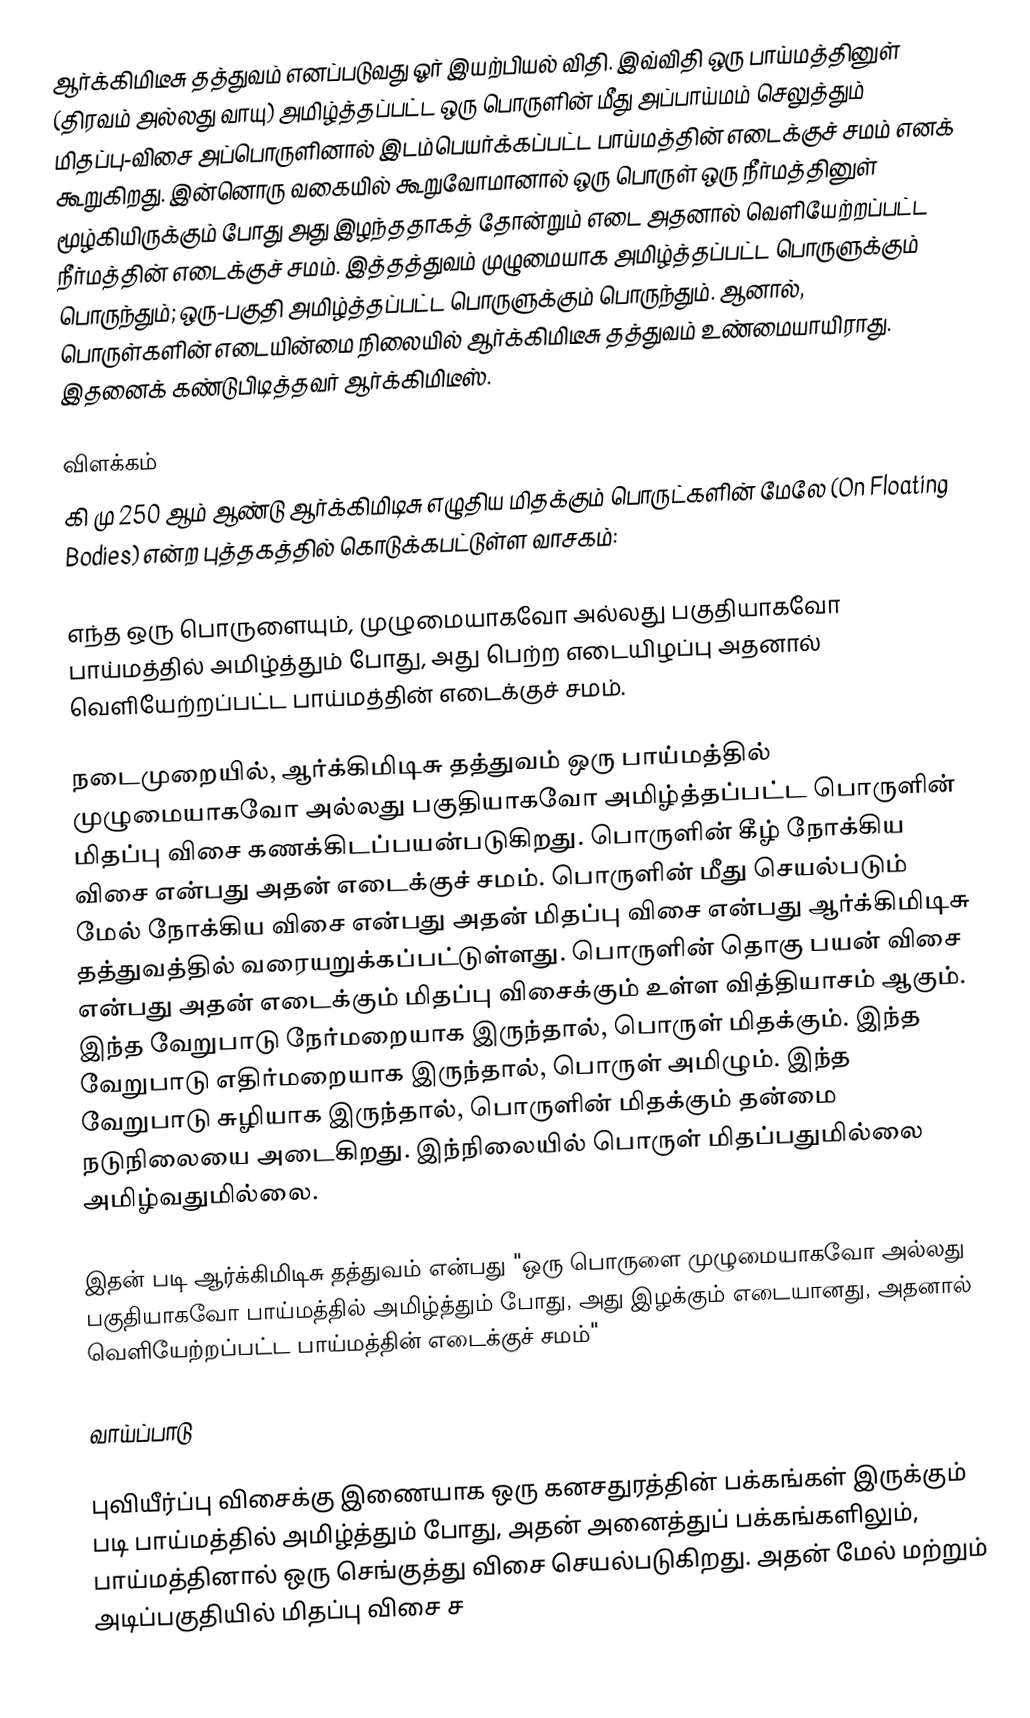
ஆர்க்கிமிடீசு தத்துவம் எனப்படுவது ஓர் இயற்பியல் விதி. இவ்விதி ஒரு பாய்மத்தினுள் (திரவம் அல்லது வாயு) அமிழ்த்தப்பட்ட ஒரு பொருளின் மீது அப்பாய்மம் செலுத்தும் மிதப்பு-விசை அப்பொருளினால் இடம்பெயர்க்கப்பட்ட பாய்மத்தின் எடைக்குச் சமம் எனக் கூறுகிறது. இன்னொரு வகையில்  கூறுவோமானால் ஒரு பொருள் ஒரு நீர்மத்தினுள் மூழ்கியிருக்கும் போது அது இழந்ததாகத் தோன்றும் எடை அதனால் வெளியேற்றப்பட்ட  நீர்மத்தின் எடைக்குச் சமம்.  இத்தத்துவம் முழுமையாக அமிழ்த்தப்பட்ட பொருளுக்கும் பொருந்தும்; ஒரு-பகுதி அமிழ்த்தப்பட்ட பொருளுக்கும் பொருந்தும். ஆனால், பொருள்களின் எடையின்மை நிலையில் ஆர்க்கிமிடீசு தத்துவம் உண்மையாயிராது. இதனைக் கண்டுபிடித்தவர் ஆர்க்கிமிடீஸ்.

விளக்கம்
கி மு 250 ஆம் ஆண்டு ஆர்க்கிமிடிசு எழுதிய மிதக்கும் பொருட்களின் மேலே (On Floating Bodies) என்ற புத்தகத்தில் கொடுக்கபட்டுள்ள வாசகம்:

எந்த ஒரு பொருளையும், முழுமையாகவோ அல்லது பகுதியாகவோ பாய்மத்தில் அமிழ்த்தும் போது, அது பெற்ற எடையிழப்பு அதனால் வெளியேற்றப்பட்ட பாய்மத்தின் எடைக்குச் சமம்.

நடைமுறையில், ஆர்க்கிமிடிசு தத்துவம் ஒரு பாய்மத்தில் முழுமையாகவோ அல்லது பகுதியாகவோ அமிழ்த்தப்பட்ட பொருளின் மிதப்பு விசை கணக்கிடப்பயன்படுகிறது. பொருளின் கீழ் நோக்கிய விசை என்பது அதன் எடைக்குச் சமம். பொருளின் மீது செயல்படும் மேல் நோக்கிய விசை என்பது அதன் மிதப்பு விசை என்பது ஆர்க்கிமிடிசு தத்துவத்தில் வரையறுக்கப்பட்டுள்ளது. பொருளின் தொகு பயன் விசை என்பது அதன் எடைக்கும் மிதப்பு விசைக்கும் உள்ள வித்தியாசம் ஆகும். இந்த வேறுபாடு நேர்மறையாக இருந்தால், பொருள் மிதக்கும். இந்த வேறுபாடு எதிர்மறையாக இருந்தால், பொருள் அமிழும். இந்த வேறுபாடு சுழியாக இருந்தால், பொருளின் மிதக்கும் தன்மை நடுநிலையை அடைகிறது. இந்நிலையில் பொருள் மிதப்பதுமில்லை அமிழ்வதுமில்லை.

இதன் படி ஆர்க்கிமிடிசு தத்துவம் என்பது "ஒரு பொருளை முழுமையாகவோ அல்லது பகுதியாகவோ பாய்மத்தில் அமிழ்த்தும் போது, அது இழக்கும் எடையானது, அதனால் வெளியேற்றப்பட்ட பாய்மத்தின் எடைக்குச் சமம்"

வாய்ப்பாடு

புவியீர்ப்பு விசைக்கு இணையாக ஒரு கனசதுரத்தின் பக்கங்கள் இருக்கும் படி பாய்மத்தில் அமிழ்த்தும் போது, அதன் அனைத்துப் பக்கங்களிலும், பாய்மத்தினால் ஒரு செங்குத்து விசை செயல்படுகிறது. அதன் மேல் மற்றும் அடிப்பகுதியில் மிதப்பு விசை ச